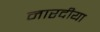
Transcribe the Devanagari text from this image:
नारदीया